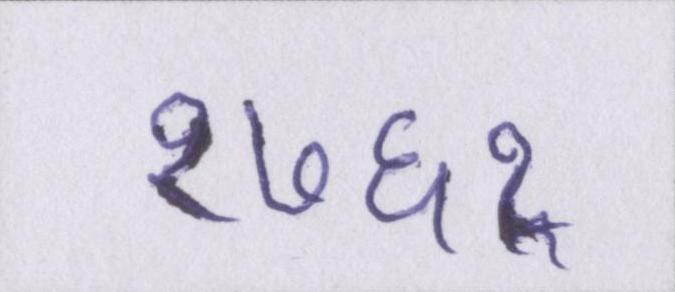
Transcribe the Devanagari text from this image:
१७६१